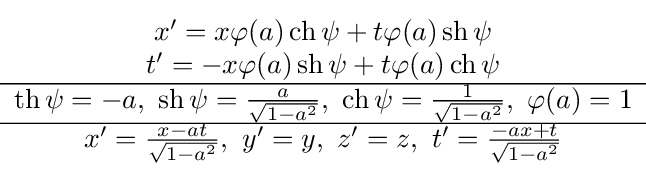
{\begin{matrix}x'=x\varphi (a)\,{\rm {ch}}\,\psi +t\varphi (a)\,{\rm {sh}}\,\psi \\t'=-x\varphi (a)\,{\rm {sh}}\,\psi +t\varphi (a)\,{\rm {ch}}\,\psi \\\hline {\rm {th}}\,\psi =-a,\ {\rm {sh}}\,\psi ={\frac {a}{\sqrt {1-a^{2}}}},\ {\rm {ch}}\,\psi ={\frac {1}{\sqrt {1-a^{2}}}},\ \varphi (a)=1\\\hline x'={\frac {x-at}{\sqrt {1-a^{2}}}},\ y'=y,\ z'=z,\ t'={\frac {-ax+t}{\sqrt {1-a^{2}}}}\end{matrix}}